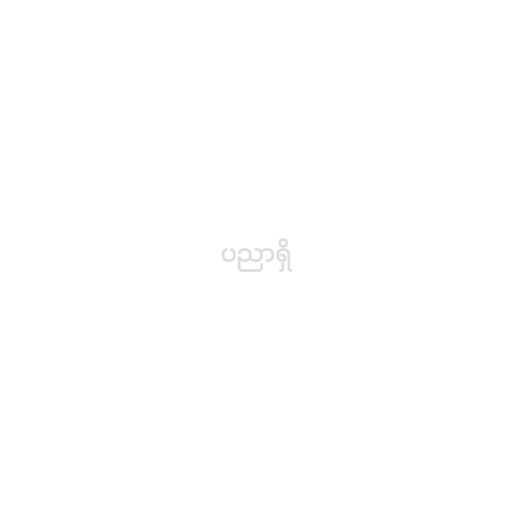
ပညာရှိ